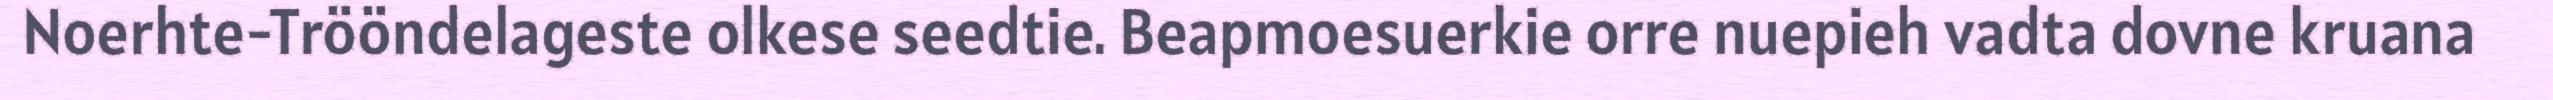
Noerhte-Trööndelageste olkese seedtie. Beapmoesuerkie orre nuepieh vadta dovne kruana